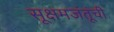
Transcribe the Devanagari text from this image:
सूक्षमजंतूंची